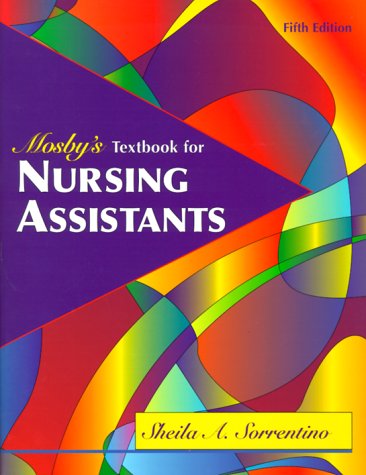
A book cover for Mosby's Textbook for Nursing Assistants - Soft Cover Version, 5e; Sheila A. Sorrentino; Self-Help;